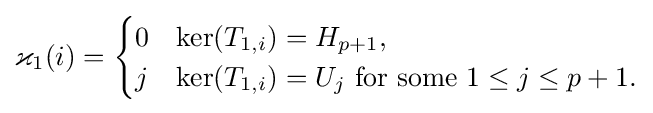
\varkappa _{1}(i)={\begin{cases}0&\ker(T_{1,i})=H_{p+1},\\j&\ker(T_{1,i})=U_{j}{\text{ for some }}1\leq j\leq p+1.\end{cases}}